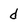
Character: d